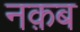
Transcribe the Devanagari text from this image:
नक़ब